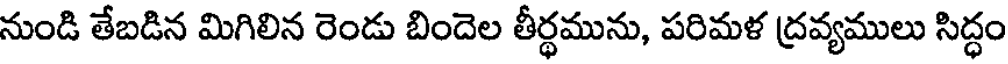
నుండి తేబడిన మిగిలిన రెండు బిందెల తీర్థమును, పరిమళ ద్రవ్యములు సిద్ధం